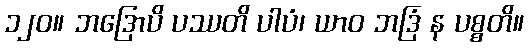
၁၂၀။ ဘဒြောပိ ပဿတိ ပါပံ၊ ယာဝ ဘဒြံ န ပစ္စတိ။